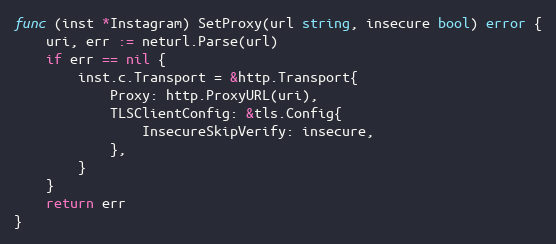
Language: Go
func (inst *Instagram) SetProxy(url string, insecure bool) error {
	uri, err := neturl.Parse(url)
	if err == nil {
		inst.c.Transport = &http.Transport{
			Proxy: http.ProxyURL(uri),
			TLSClientConfig: &tls.Config{
				InsecureSkipVerify: insecure,
			},
		}
	}
	return err
}